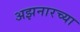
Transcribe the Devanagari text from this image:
अझनारच्या